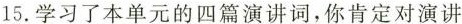
15.学习了本单元的四篇演讲词，你肯定对演讲